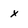
Character: X